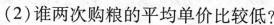
(2)谁两次购粮的平均单价比较低?